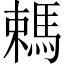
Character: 𣜋